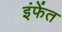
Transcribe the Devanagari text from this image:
इंफेंत